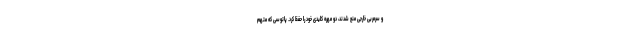
و سرمربی خارجی منع شدند، دو مهره کلیدی خود را حفظ کرد. پاتوسی که متهم